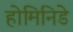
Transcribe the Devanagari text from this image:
होमिनिडे